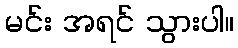
မင်း အရင် သွားပါ။